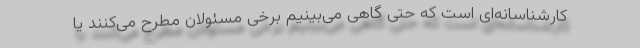
کارشناسانه‌ای است که حتی گاهی می‌بینیم برخی مسئولان مطرح می‌کنند یا